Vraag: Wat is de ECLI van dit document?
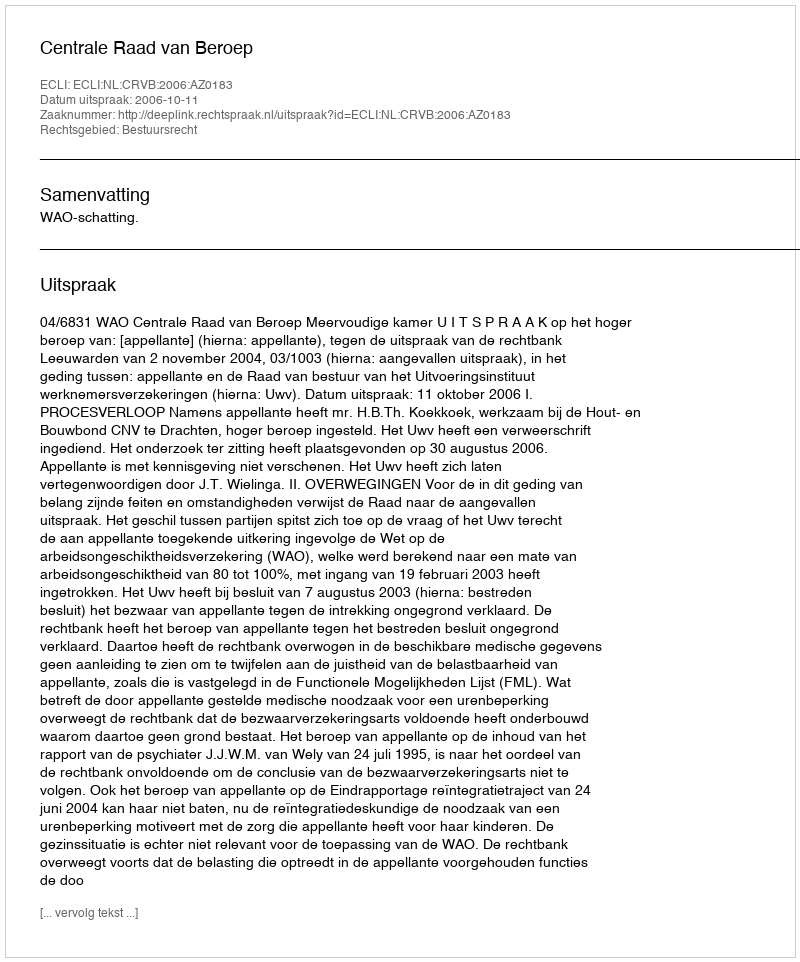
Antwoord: ECLI:NL:CRVB:2006:AZ0183